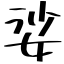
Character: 娑